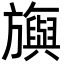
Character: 旟